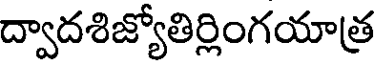
ద్వాదశిజ్యోతిర్లింగయాత్ర